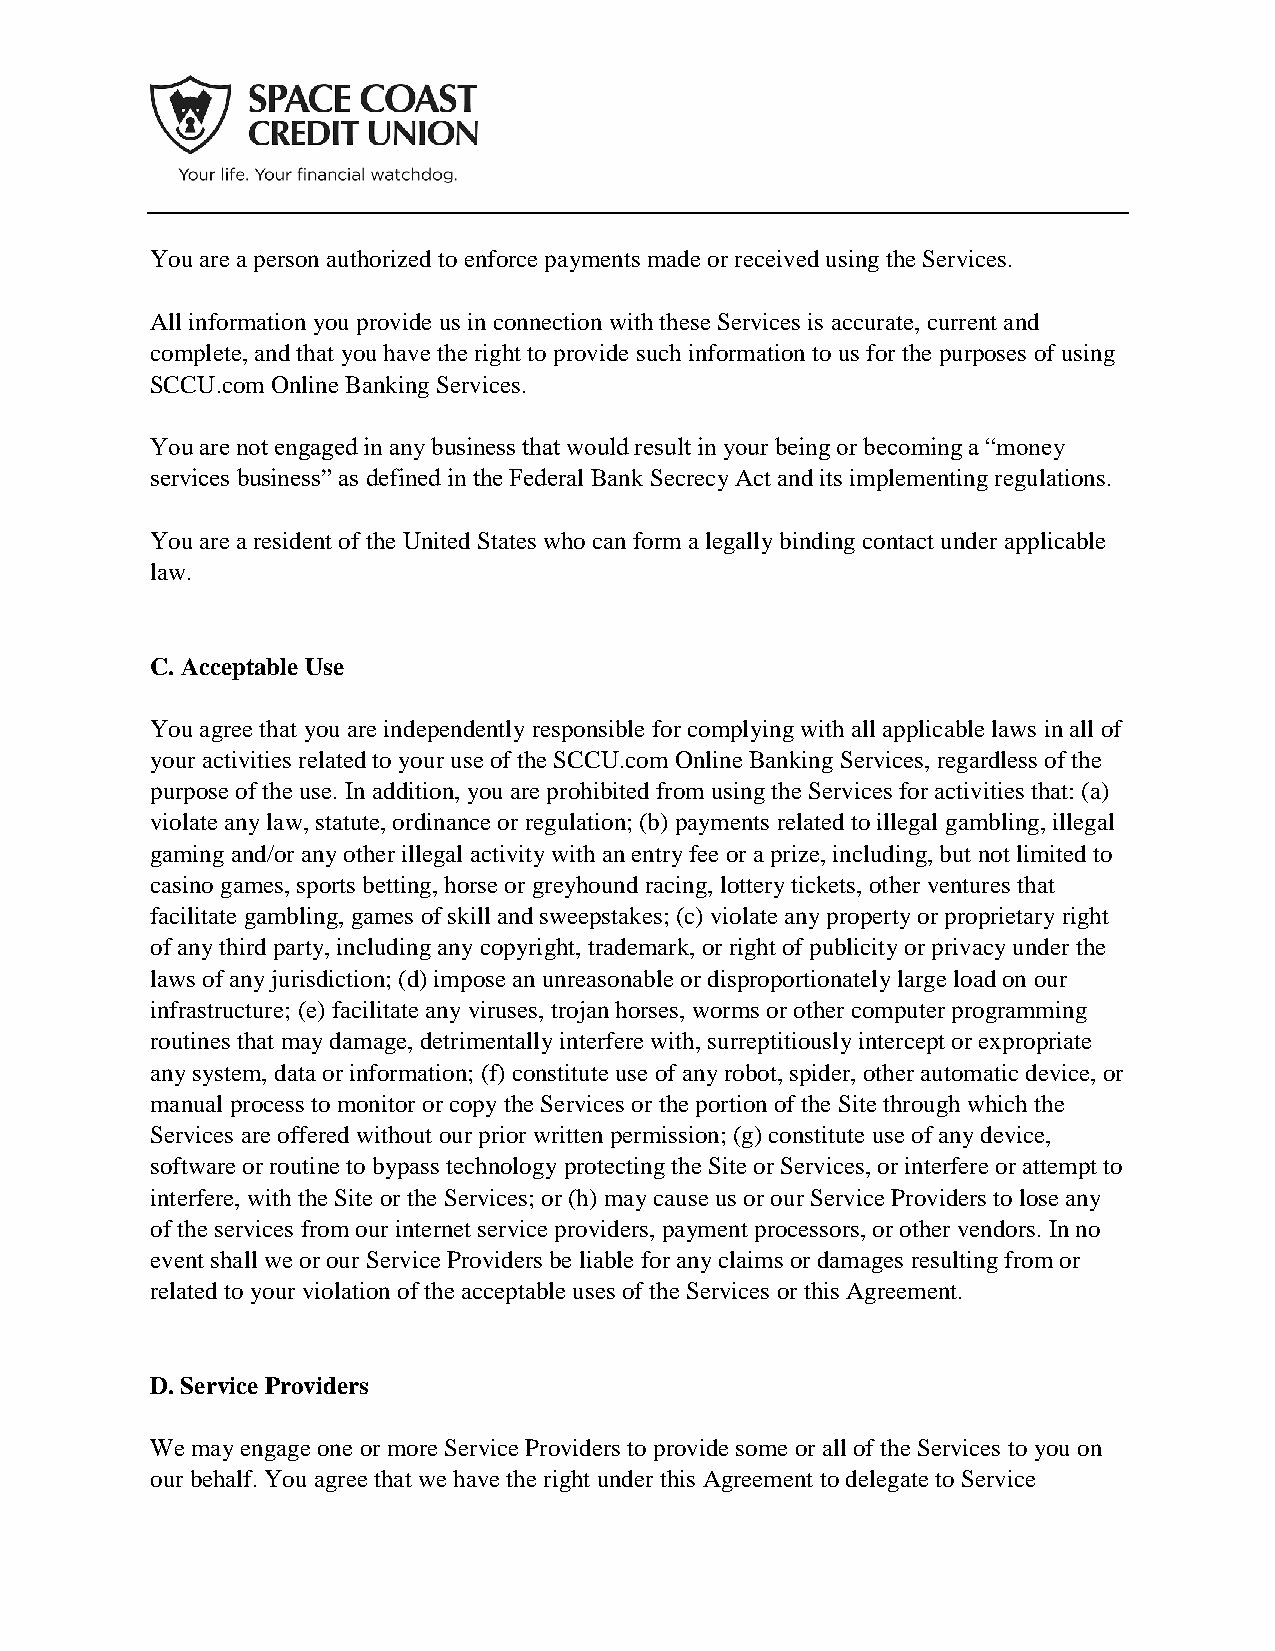
You are a person authorized to enforce payments made or received using the Services.
 All information you provide us in connection with these Services is accurate, current and
 complete, and that you have the right to provide such information to us for the purposes of using
 SCCU.com Online Banking Services.
 You are not engaged in any business that would result in your being or becoming a “money
 services business” as defined in the Federal Bank Secrecy Act and its implementing regulations.
 You are a resident of the United States who can form a legally binding contact under applicable
 law.
 C. Acceptable Use
 You agree that you are independently responsible for complying with all applicable laws in all of
 your activities related to your use of the SCCU.com Online Banking Services, regardless of the
 purpose of the use. In addition, you are prohibited from using the Services for activities that: (a)
 violate any law, statute, ordinance or regulation; (b) payments related to illegal gambling, illegal
 gaming and/or any other illegal activity with an entry fee or a prize, including, but not limited to
 casino games, sports betting, horse or greyhound racing, lottery tickets, other ventures that
 facilitate gambling, games of skill and sweepstakes; (c) violate any property or proprietary right
 of any third party, including any copyright, trademark, or right of publicity or privacy under the
 laws of any jurisdiction; (d) impose an unreasonable or disproportionately large load on our
 infrastructure; (e) facilitate any viruses, trojan horses, worms or other computer programming
 routines that may damage, detrimentally interfere with, surreptitiously intercept or expropriate
 any system, data or information; (f) constitute use of any robot, spider, other automatic device, or
 manual process to monitor or copy the Services or the portion of the Site through which the
 Services are offered without our prior written permission; (g) constitute use of any device,
 software or routine to bypass technology protecting the Site or Services, or interfere or attempt to
 interfere, with the Site or the Services; or (h) may cause us or our Service Providers to lose any
 of the services from our internet service providers, payment processors, or other vendors. In no
 event shall we or our Service Providers be liable for any claims or damages resulting from or
 related to your violation of the acceptable uses of the Services or this Agreement.
 D. Service Providers
 We may engage one or more Service Providers to provide some or all of the Services to you on
 our behalf. You agree that we have the right under this Agreement to delegate to Service